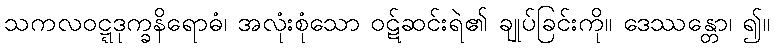
သကလဝဋ္ဋဒုက္ခနိရောဓံ၊ အလုံးစုံသော ဝဋ်ဆင်းရဲ၏ ချုပ်ခြင်းကို။ ဒေဿန္တော၊ ၍။